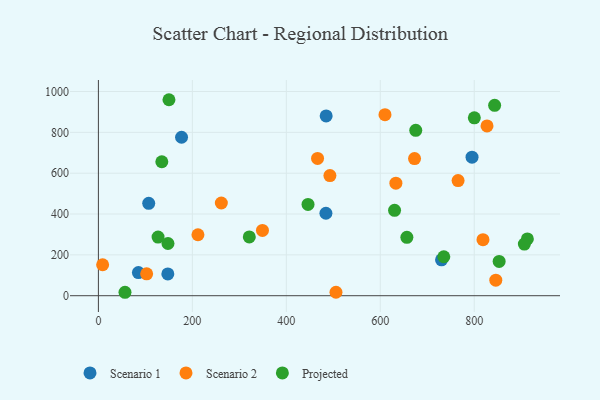
{"axis": {"x": "Engine Size", "y": "Exam Score"}, "legend": ["Projected", "Scenario 1", "Scenario 2"], "data": [{"x": "730.4", "y": 175.5, "type": "Scenario 1"}, {"x": "107.1", "y": 452.5, "type": "Scenario 1"}, {"x": "484.8", "y": 880.3, "type": "Scenario 1"}, {"x": "147.8", "y": 106.7, "type": "Scenario 1"}, {"x": "484.3", "y": 403.8, "type": "Scenario 1"}, {"x": "85.2", "y": 113.2, "type": "Scenario 1"}, {"x": "177.0", "y": 776.1, "type": "Scenario 1"}, {"x": "795.3", "y": 678.3, "type": "Scenario 1"}, {"x": "765.6", "y": 563.7, "type": "Scenario 2"}, {"x": "610.0", "y": 886.8, "type": "Scenario 2"}, {"x": "827.2", "y": 831.3, "type": "Scenario 2"}, {"x": "102.7", "y": 107.2, "type": "Scenario 2"}, {"x": "211.9", "y": 298.5, "type": "Scenario 2"}, {"x": "466.5", "y": 672.4, "type": "Scenario 2"}, {"x": "672.9", "y": 671.7, "type": "Scenario 2"}, {"x": "261.7", "y": 453.9, "type": "Scenario 2"}, {"x": "845.9", "y": 76.2, "type": "Scenario 2"}, {"x": "633.2", "y": 551.1, "type": "Scenario 2"}, {"x": "818.6", "y": 274.4, "type": "Scenario 2"}, {"x": "349.2", "y": 319.5, "type": "Scenario 2"}, {"x": "492.8", "y": 588.2, "type": "Scenario 2"}, {"x": "505.7", "y": 17.0, "type": "Scenario 2"}, {"x": "9.0", "y": 151.6, "type": "Scenario 2"}, {"x": "446.2", "y": 447.0, "type": "Projected"}, {"x": "853.0", "y": 167.7, "type": "Projected"}, {"x": "630.4", "y": 418.2, "type": "Projected"}, {"x": "656.6", "y": 285.9, "type": "Projected"}, {"x": "735.2", "y": 190.9, "type": "Projected"}, {"x": "127.0", "y": 286.9, "type": "Projected"}, {"x": "675.5", "y": 809.9, "type": "Projected"}, {"x": "843.4", "y": 932.6, "type": "Projected"}, {"x": "148.1", "y": 255.6, "type": "Projected"}, {"x": "321.2", "y": 287.8, "type": "Projected"}, {"x": "135.0", "y": 656.0, "type": "Projected"}, {"x": "913.1", "y": 277.9, "type": "Projected"}, {"x": "800.2", "y": 871.0, "type": "Projected"}, {"x": "56.6", "y": 16.8, "type": "Projected"}, {"x": "906.7", "y": 252.8, "type": "Projected"}, {"x": "150.2", "y": 959.8, "type": "Projected"}]}